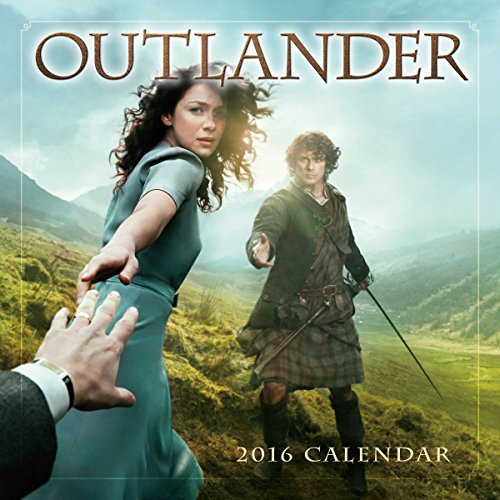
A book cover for Outlander 2016 Wall Calendar; Starz; Calendars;